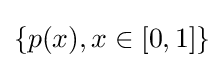
\{p(x),x\in [0,1]\}